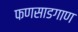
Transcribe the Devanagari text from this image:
फणसाडगाण